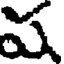
ష